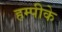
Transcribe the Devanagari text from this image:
हम्पीके